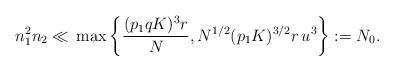
LaTeX: \begin{align*}n_1^2n_2 \ll \,{\max}\left\{\frac{(p_1qK)^3r}{N} , N^{1/2} (p_1K)^{3/2} r\,u^3\right\} := {N_0} .\end{align*}